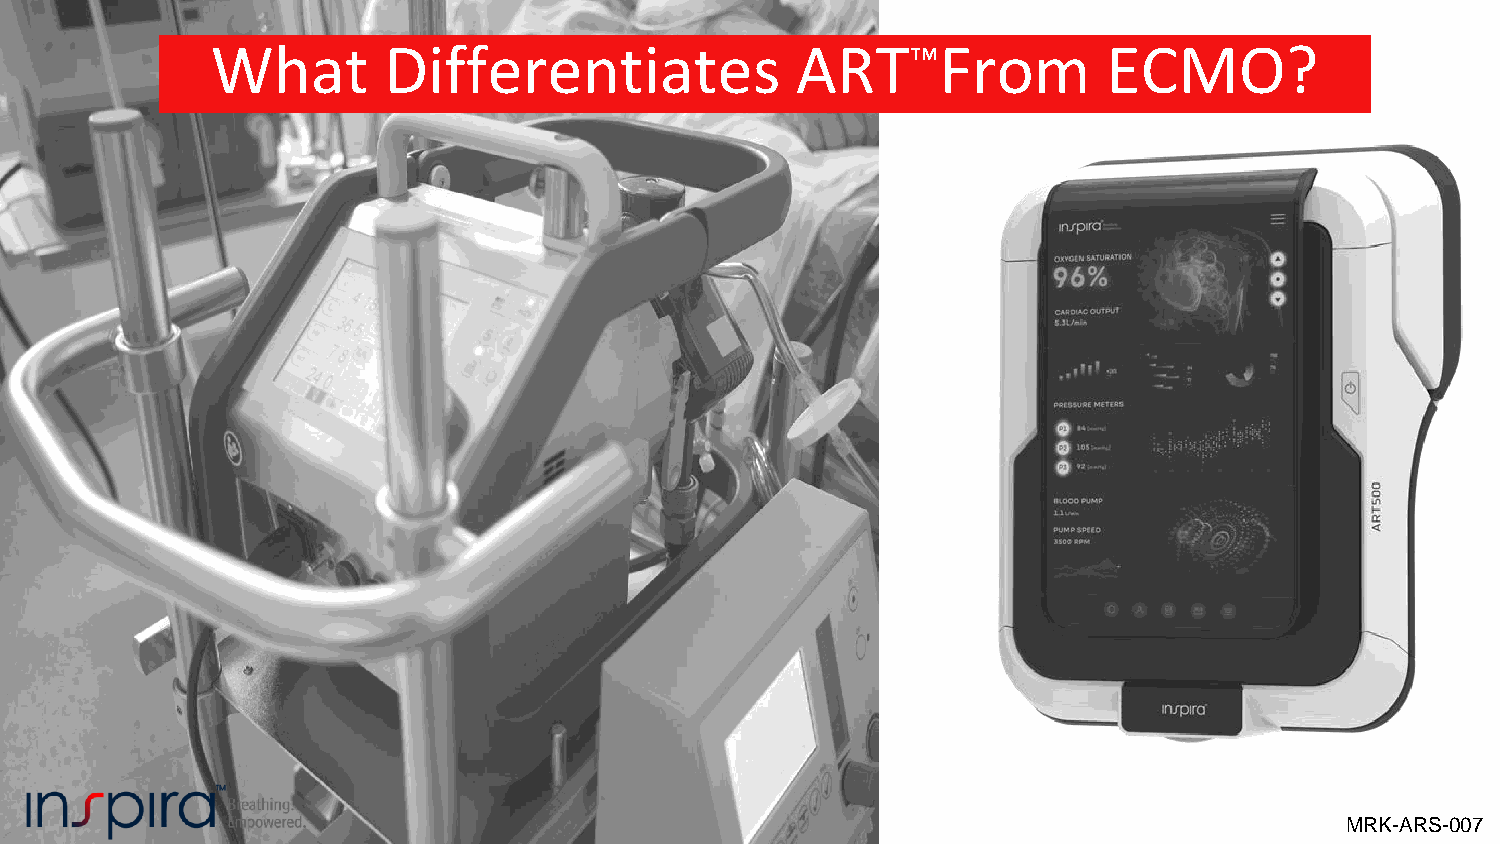
What       Differentiates              ART™From            ECMO?
 MRK-ARS-007